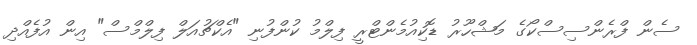
ސެން ފްރެންސިސްކޯގެ މަޝްހޫރު ޑޮކިއުމެންޓްރީ ފިލްމު ކުންފުނި "އެކްޗުއަލް ފިލްމްސް" އިން އުފެއްދި